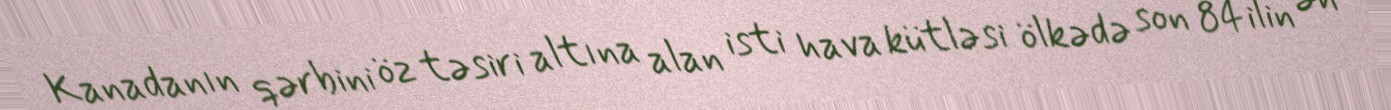
Kanadanın qərbini öz təsiri altına alan isti hava kütləsi ölkədə son 84 ilin ən